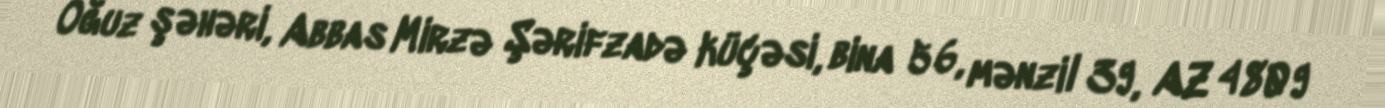
Oğuz şəhəri, Abbas Mirzə Şərifzadə küçəsi, bina 56, mənzil 39, AZ 4809